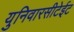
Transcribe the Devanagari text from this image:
युनिवारसीटेईट